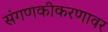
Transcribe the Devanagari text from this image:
संगणकीकरणावर